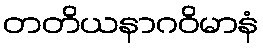
တတိယနာဂဝိမာနံ